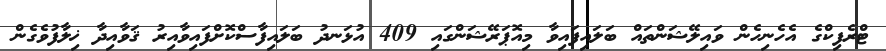
ޓްރެފިކްގެ އެހެނިހެން ވައިލޭޝަންތައް ބަލައިފައިވާ މިއޮޕަރޭޝަންގައި 409 އުޅަނދު ބަލައިފާސްކޮށްފައިވާއިރު ޤަވާއިދާ ޚިލާފުވެގެން